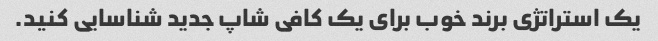
یک استراتژی برند خوب برای یک کافی شاپ جدید شناسایی کنید.